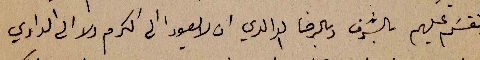
وتقسَم عليهم بالشرف وبالرضا الوالدي ان لا يعودا الى الكرم ولا الى الوادي